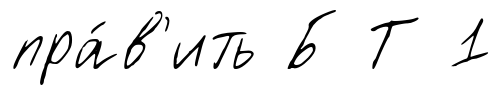
пра́в'ить Б Т 1